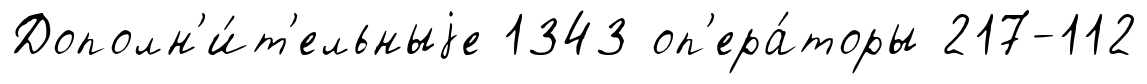
Дополн'и́т'ельныjе 1343 оп'ера́торы 217-112